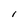
Character: l